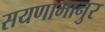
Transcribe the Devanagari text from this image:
सयणामानुर